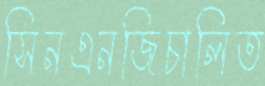
সিনএনজিচালিত